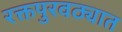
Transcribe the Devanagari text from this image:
रक्तपुरवठ्यात